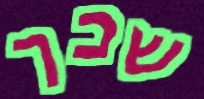
שכך